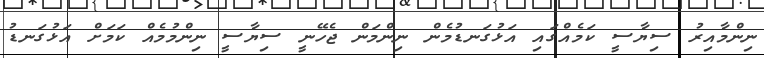
ނިންމާއިރު ސިޔާސީ ކަމެއްގައި އަޅުގަނޑުމެން ނިންމަން ޖެހޭނީ ސިޔާސީ ނިންމުމެއް ކަމަށް އަޅުގަނޑު